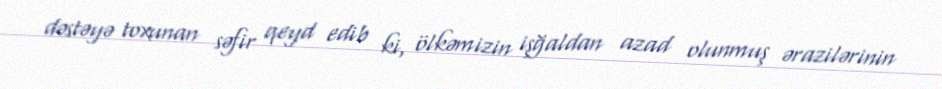
dəstəyə toxunan səfir qeyd edib ki, ölkəmizin işğaldan azad olunmuş ərazilərinin